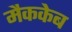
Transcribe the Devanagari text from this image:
मैककेब